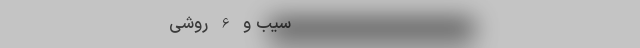
------------------------------------------------------- سیب و 6 روشی